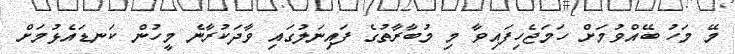
މޭ މަހު ބޭއްވުމަށް ހަމަޖެހިފައިވާ މި މުބާރާތުގެ ފައިނަލުގައި ވާދަކުރާނެ މީހުން ކަނޑައެޅުމަށް